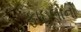
ફાઇલોનો